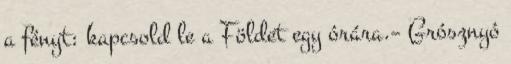
a fényt: kapcsold le a Földet egy órára.– Grósznyó